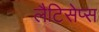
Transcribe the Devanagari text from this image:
लैटिसेप्स